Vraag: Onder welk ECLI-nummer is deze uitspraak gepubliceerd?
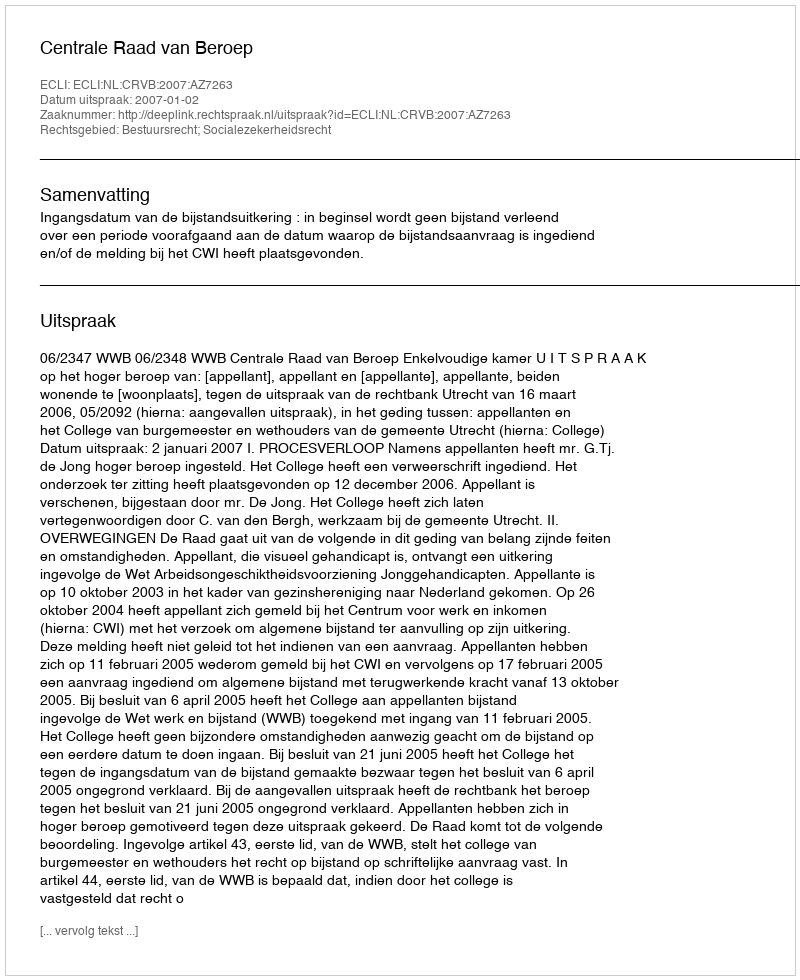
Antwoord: ECLI:NL:CRVB:2007:AZ7263